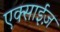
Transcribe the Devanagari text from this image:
एक्साईज़